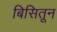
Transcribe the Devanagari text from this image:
बिसितून